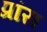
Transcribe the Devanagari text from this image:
प्रांस